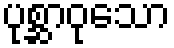
ပုစ္ဆာဝုသော